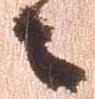
々